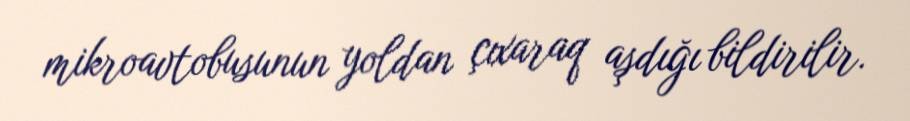
mikroavtobusunun yoldan çıxaraq aşdığı bildirilir.